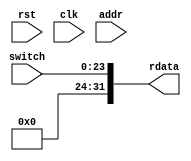
`timescale 1ns/1ps

module interface_switch (
    input wire rst,
    input wire clk,
    input wire [11:0] addr,
    input wire [23:0] switch,
    output reg [31:0] rdata
);

always @(*) begin
    rdata = {8'b0, switch};
end

endmodule